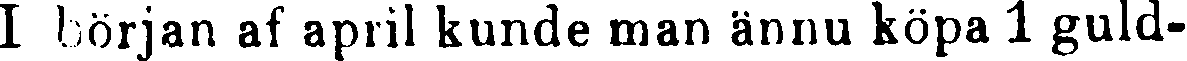
I början af april kunde man ännu köpa 1 guld-